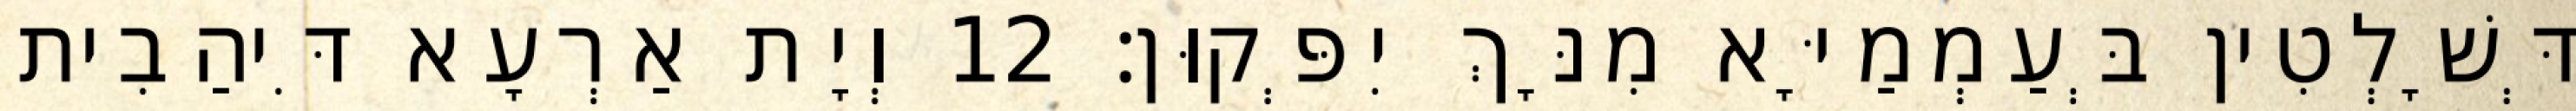
דְּשָׁלְטִין בְּעַמְמַיָּא מִנָּךְ יִפְּקוּן׃ 12 וְיָת אַרְעָא דִּיהַבִית